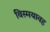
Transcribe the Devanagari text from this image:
विस्मयावह